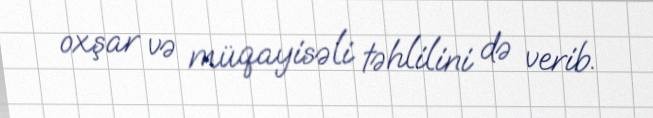
oxşar və müqayisəli təhlilini də verib.